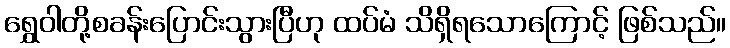
ရွှေဝါတို့စခန်းပြောင်းသွားပြီဟု ထပ်မံ သိရှိရသောကြောင့် ဖြစ်သည်။